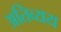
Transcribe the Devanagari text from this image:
अतिव्यय